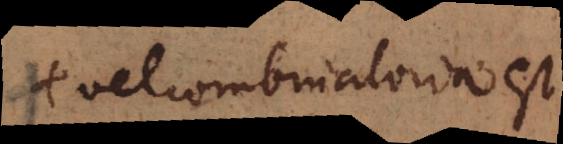
+ vel combinatoria est